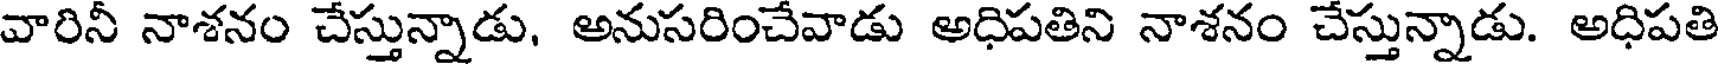
వారినీ నాశనం చేస్తున్నాడు, అనుసరించేవాడు అధిపతిని నాశనం చేస్తున్నాడు. అధిపతి